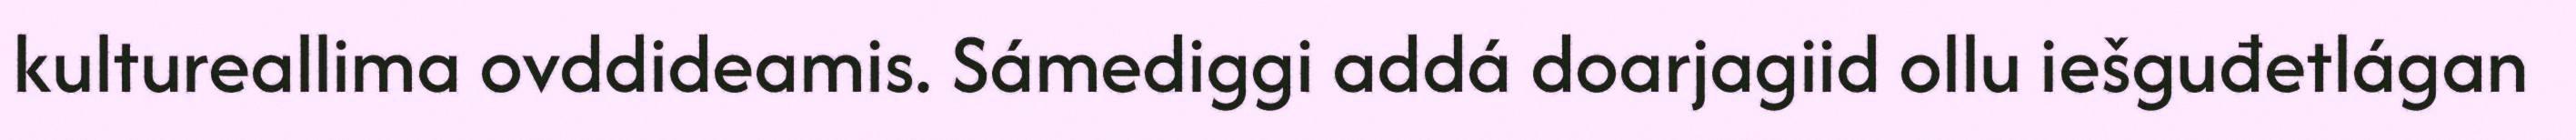
kultureallima ovddideamis. Sámediggi addá doarjagiid ollu iešguđetlágan